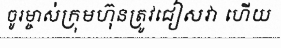
ចូរម្ចាស់ក្រុមហ៊ុនត្រូវជៀសវា ហើយ